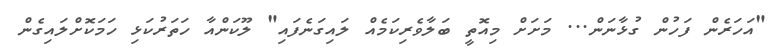
"އަހަރެން ފަހުން ގުޅާނަން... މަށަށް މިއޮތީ ބަލާވެރިކަމެއް ލައިގަނެފައި" ލޫކަންއާ ހަތަރުކަޅި ހަމަކޮށްލައިގެން